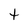
Character: t